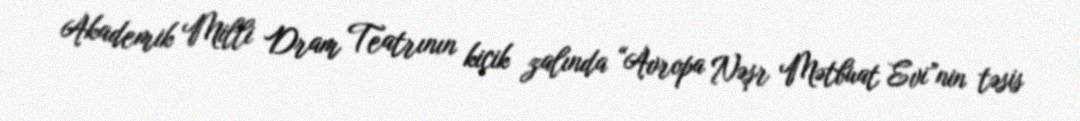
Akademik Milli Dram Teatrının kiçik zalında “Avropa Nəşr Mətbuat Evi”nin təsis